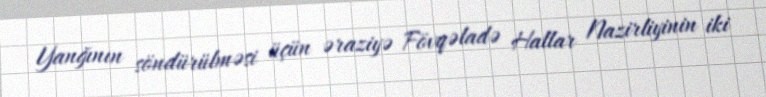
Yanğının söndürülməsi üçün əraziyə Fövqəladə Hallar Nazirliyinin iki